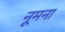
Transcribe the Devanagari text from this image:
नूमना